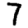
Digit: 7